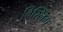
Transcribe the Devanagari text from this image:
विस्लिंग